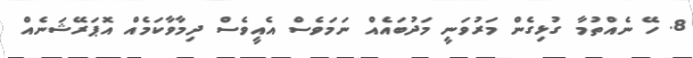
8. ހޭ ނެއްތުމާ ގުޅިގެން މަރުވަނީ މަދުބައެއް ނަމަވެސް އެއީވެސް ދިމާވާކަމެއް އޮޕަރޭޝަނެއް